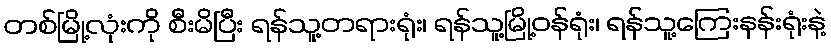
တစ်မြို့လုံးကို စီးမိပြီး ရန်သူ့တရားရုံး၊ ရန်သူ့မြို့ဝန်ရုံး၊ ရန်သူ့ကြေးနန်းရုံးနဲ့